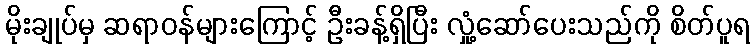
မိုးချုပ်မှ ဆရာဝန်များကြောင့် ဦးခန့်ရှိပြီး လှုံ့ဆော်ပေးသည်ကို စိတ်ပူရ